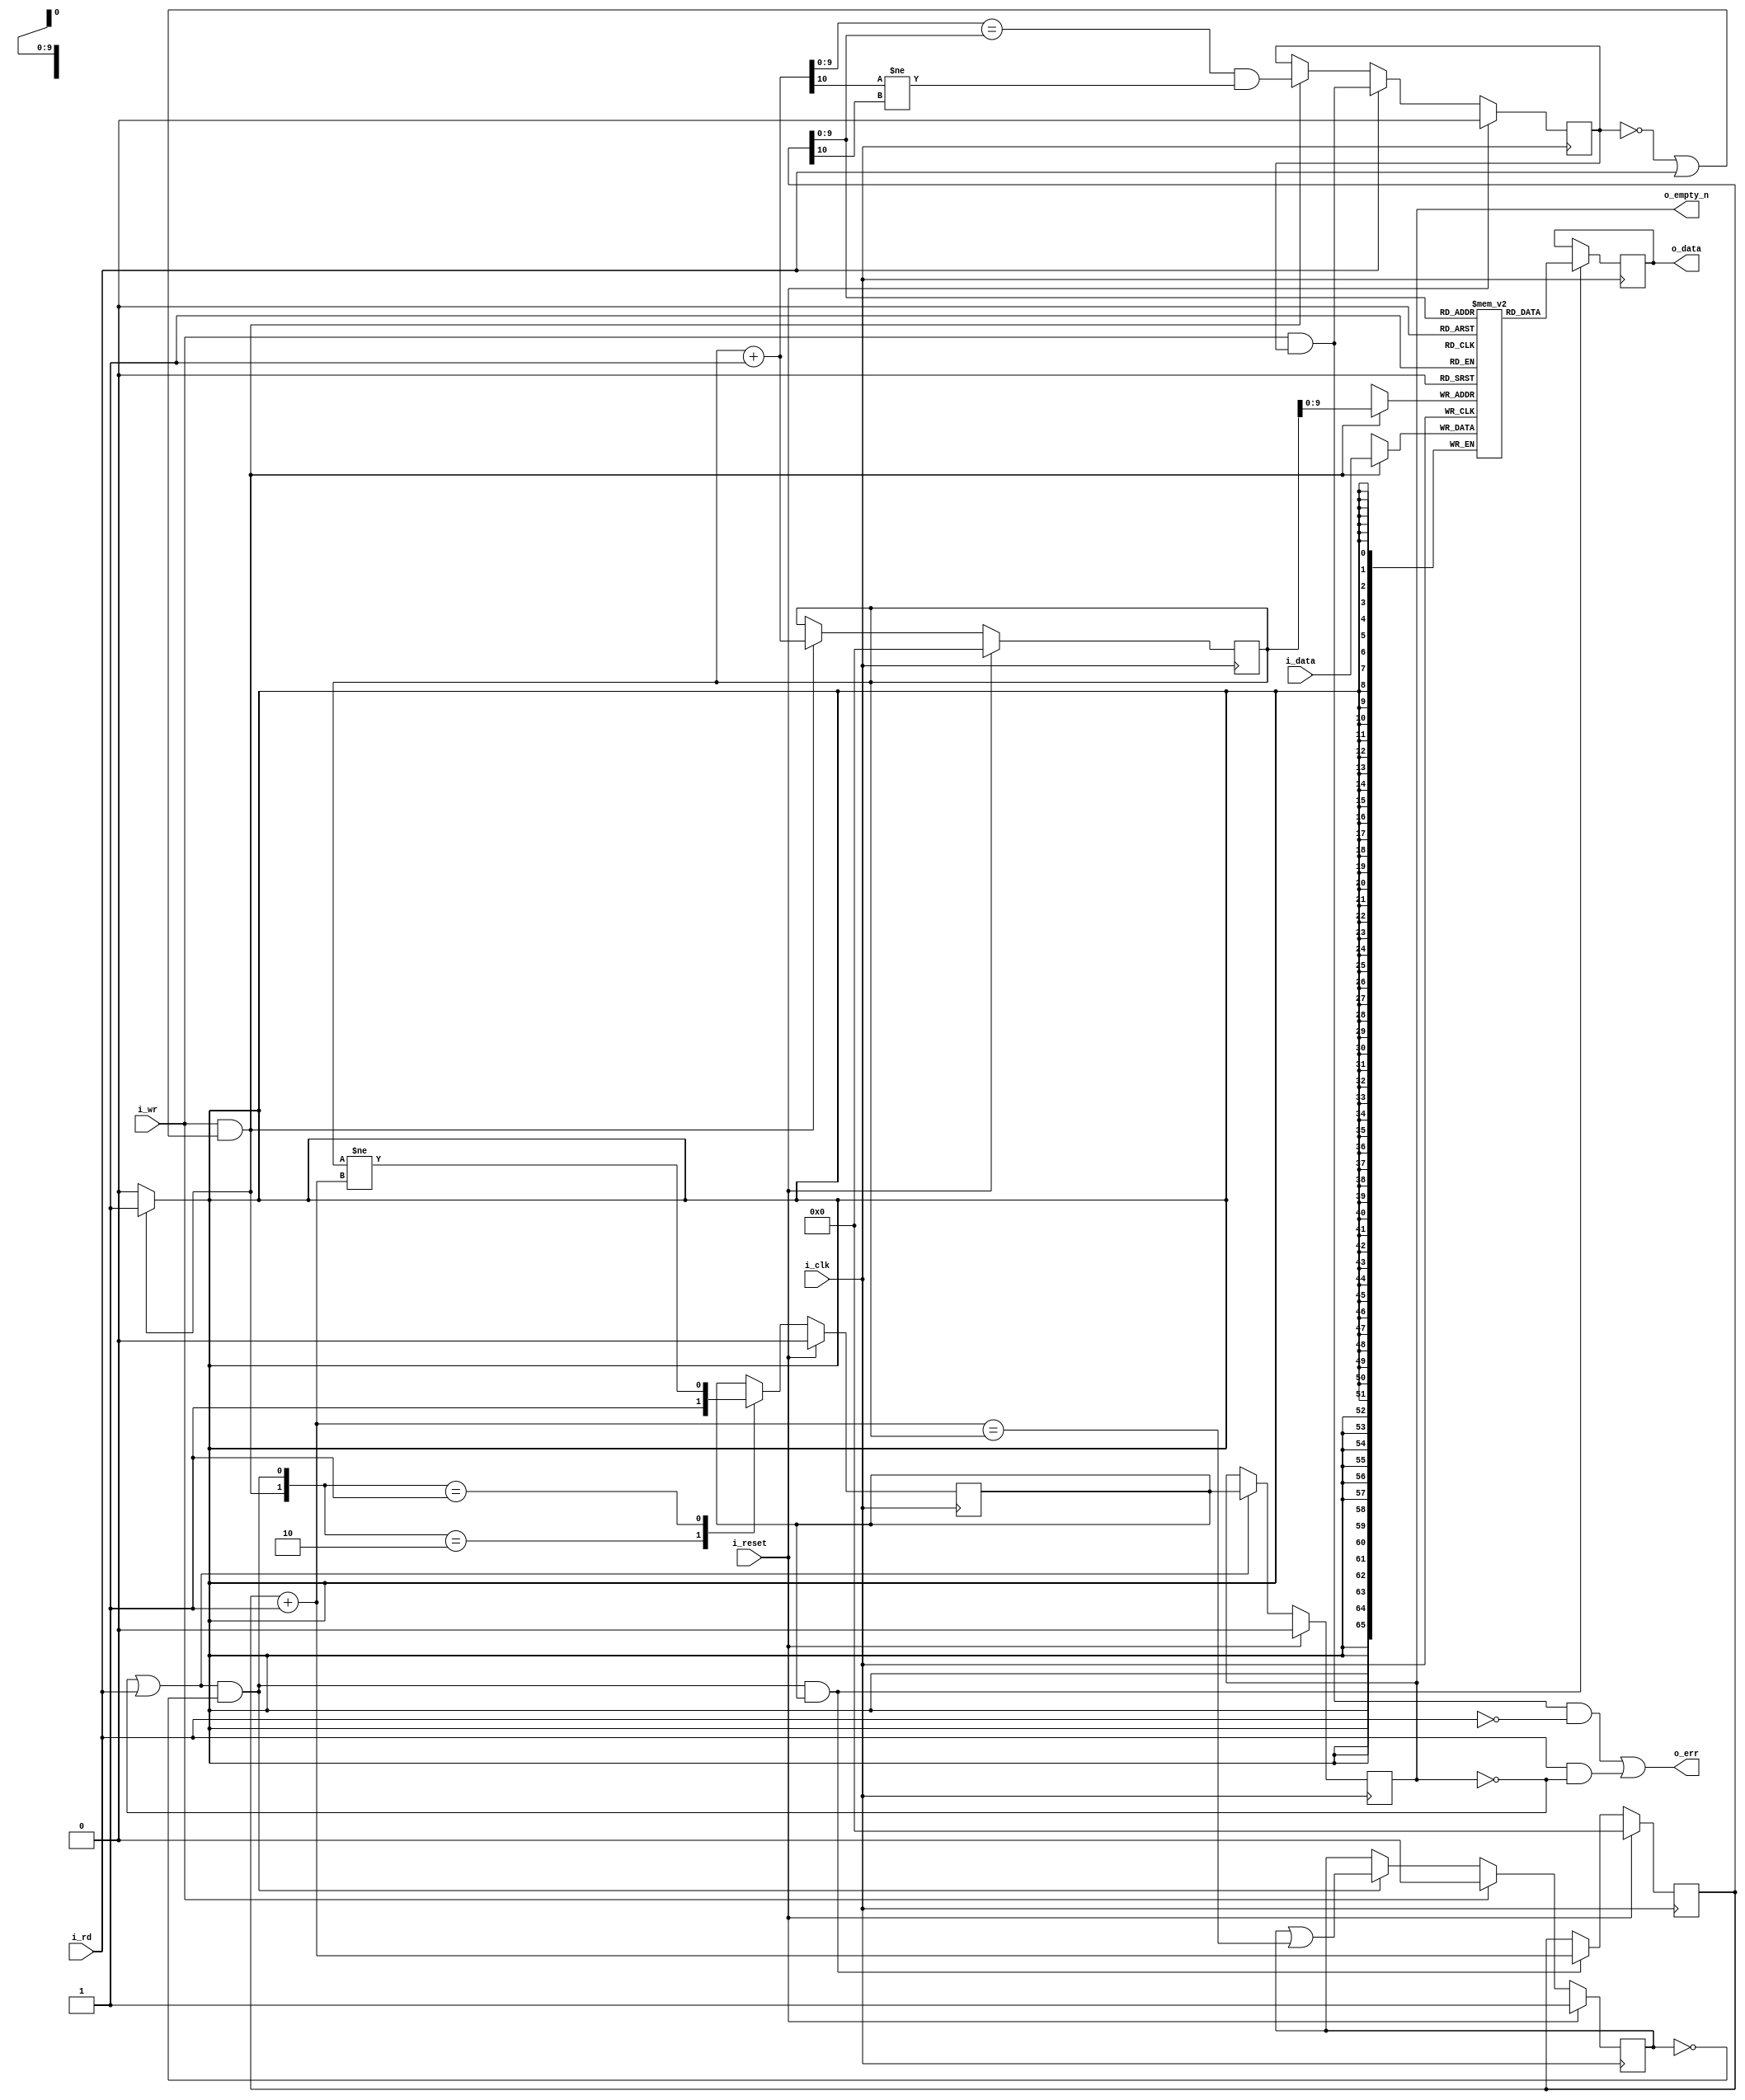
////////////////////////////////////////////////////////////////////////////////
//
//
// Project:	ZipVersa, Versa Brd implementation using ZipCPU infrastructure
//
// Purpose:	This was once a FIFO for a UART ... but now it works as a
//		synchronous FIFO for JTAG-wishbone conversion 36-bit codewords. 
//
//
// Creator:	Dan Gisselquist, Ph.D.
//		Gisselquist Technology, LLC
//
////////////////////////////////////////////////////////////////////////////////
//
// Copyright (C) 2019, Gisselquist Technology, LLC
//
// This program is free software (firmware): you can redistribute it and/or
// modify it under the terms of  the GNU General Public License as published
// by the Free Software Foundation, either version 3 of the License, or (at
// your option) any later version.
//
// This program is distributed in the hope that it will be useful, but WITHOUT
// ANY WARRANTY; without even the implied warranty of MERCHANTIBILITY or
// FITNESS FOR A PARTICULAR PURPOSE.  See the GNU General Public License
// for more details.
//
// You should have received a copy of the GNU General Public License along
// with this program.  (It's in the $(ROOT)/doc directory.  Run make with no
// target there if the PDF file isn't present.)  If not, see
// <http://www.gnu.org/licenses/> for a copy.
//
// License:	GPL, v3, as defined and found on www.gnu.org,
//		http://www.gnu.org/licenses/gpl.html
//
//
////////////////////////////////////////////////////////////////////////////////
//
//
`default_nettype none
//
module wbufifo(i_clk, i_reset, i_wr, i_data, i_rd, o_data, o_empty_n, o_err);
	parameter	BW=66, LGFLEN=10;
	// parameter	BW=8, LGFLEN=3;
	input	wire		i_clk, i_reset;
	input	wire		i_wr;
	input	wire [(BW-1):0]	i_data;
	input	wire		i_rd;
	output	reg [(BW-1):0]	o_data;
	output	reg		o_empty_n;
	output	wire		o_err;

	localparam	FLEN=(1<<LGFLEN);

	reg	[(BW-1):0]	fifo[0:(FLEN-1)];
	reg	[LGFLEN:0]	r_wrptr, r_rdptr;
	wire	[LGFLEN:0]	nxt_wrptr, nxt_rdptr;
	reg			will_overflow,will_underflow, r_empty_n;
	wire			w_write, w_read;

	assign	w_write = (i_wr && (!will_overflow || i_rd));
	assign	w_read  = (i_rd||!o_empty_n) && !will_underflow;

	assign	nxt_wrptr = r_wrptr + 1;
	assign	nxt_rdptr = r_rdptr + 1;

	initial	will_overflow = 1'b0;
	always @(posedge i_clk)
	if (i_reset)
		will_overflow <= 1'b0;
	else if (i_rd)
		will_overflow <= (will_overflow)&&(i_wr);
	else if (w_write)
		will_overflow <= (nxt_wrptr[LGFLEN-1:0] == r_rdptr[LGFLEN-1:0])
			&&(nxt_wrptr[LGFLEN] != r_rdptr[LGFLEN]);
	// else if (nxt_wrptr == r_rdptr)
	//	will_overflow <= 1'b1;

	// Write
	initial	r_wrptr = 0;
	always @(posedge i_clk)
	if (i_reset)
		r_wrptr <= 0;
	else if (w_write)
		r_wrptr <= nxt_wrptr;

	always @(posedge i_clk)
	if (w_write)
		fifo[r_wrptr[LGFLEN-1:0]] <= i_data;

	// Reads
	//	Following a read, the next sample will be available on the
	//	next clock
	//	Clock	ReadCMD	ReadAddr	Output
	//	0	0	0		fifo[0]
	//	1	1	0		fifo[0]
	//	2	0	1		fifo[1]
	//	3	0	1		fifo[1]
	//	4	1	1		fifo[1]
	//	5	1	2		fifo[2]
	//	6	0	3		fifo[3]
	//	7	0	3		fifo[3]
	initial	will_underflow = 1'b1;
	always @(posedge i_clk)
	if (i_reset)
		will_underflow <= 1'b1;
	else if (i_wr)
		will_underflow <= 1'b0;
	else if (w_read)
		will_underflow <= (will_underflow) || (nxt_rdptr==r_wrptr);

	initial	r_rdptr = 0;
	always @(posedge i_clk)
	if (i_reset)
		r_rdptr <= 0;
	else if (w_read && r_empty_n)
		r_rdptr <= r_rdptr + 1;

	always @(posedge i_clk)
	if (w_read && r_empty_n)
		o_data<= fifo[r_rdptr[LGFLEN-1:0]];

	assign	o_err = ((i_wr)&&(will_overflow)&&(!i_rd))
				||(i_rd && !o_empty_n);


	initial	r_empty_n = 1'b0;
	always @(posedge i_clk)
	if (i_reset)
		r_empty_n <= 1'b0;
	else case({ w_write, w_read })
	2'b10: r_empty_n <= 1'b1;
	2'b01: r_empty_n <= (r_wrptr != nxt_rdptr);
	default: begin end
	endcase

	initial	o_empty_n = 1'b0;
	always @(posedge i_clk)
	if (i_reset)
		o_empty_n <= 1'b0;
	else if (!o_empty_n || i_rd)
		o_empty_n <= r_empty_n;

`ifdef	FORMAL
// Formal properties for this module are maintained elsewhere
`endif
endmodule